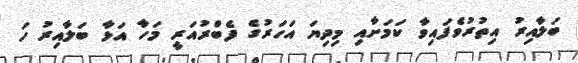
ބަލާއިރު އިތުރުވެފައިވާ ކަމަށާއި މިދިޔަ އަހަރުގެ ފެބްރުއަރީ މަހާ އަޅާ ބަލާއިރު ހަ